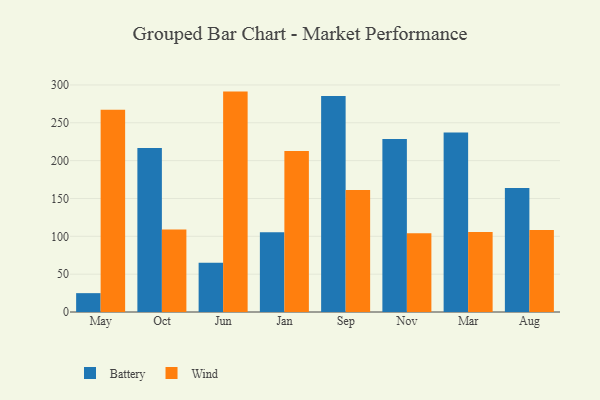
{"axis": {"x": "Month", "y": "Active Users"}, "legend": ["Battery", "Wind"], "data": [{"x": "May", "y": 24.9, "type": "Battery"}, {"x": "May", "y": 267.1, "type": "Wind"}, {"x": "Oct", "y": 216.7, "type": "Battery"}, {"x": "Oct", "y": 108.9, "type": "Wind"}, {"x": "Jun", "y": 65.2, "type": "Battery"}, {"x": "Jun", "y": 291.2, "type": "Wind"}, {"x": "Jan", "y": 105.3, "type": "Battery"}, {"x": "Jan", "y": 212.7, "type": "Wind"}, {"x": "Sep", "y": 285.4, "type": "Battery"}, {"x": "Sep", "y": 161.2, "type": "Wind"}, {"x": "Nov", "y": 228.6, "type": "Battery"}, {"x": "Nov", "y": 104.1, "type": "Wind"}, {"x": "Mar", "y": 237.0, "type": "Battery"}, {"x": "Mar", "y": 105.6, "type": "Wind"}, {"x": "Aug", "y": 163.9, "type": "Battery"}, {"x": "Aug", "y": 108.3, "type": "Wind"}]}